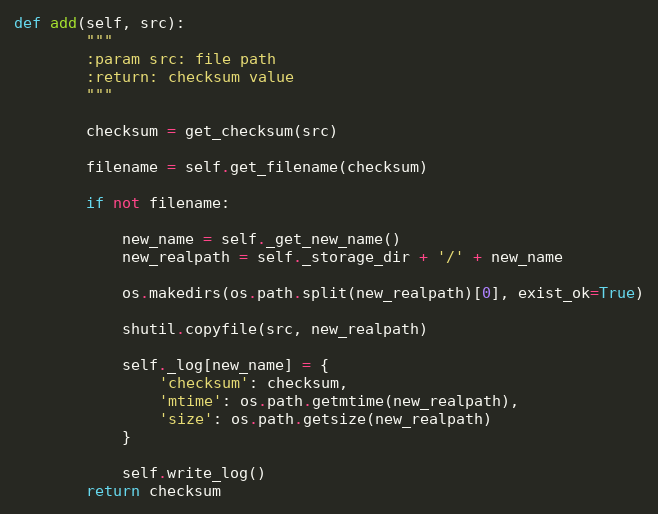
Language: Python
def add(self, src):
        """
        :param src: file path
        :return: checksum value
        """

        checksum = get_checksum(src)

        filename = self.get_filename(checksum)

        if not filename:

            new_name = self._get_new_name()
            new_realpath = self._storage_dir + '/' + new_name

            os.makedirs(os.path.split(new_realpath)[0], exist_ok=True)

            shutil.copyfile(src, new_realpath)

            self._log[new_name] = {
                'checksum': checksum,
                'mtime': os.path.getmtime(new_realpath),
                'size': os.path.getsize(new_realpath)
            }

            self.write_log()
        return checksum